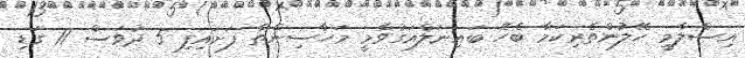
އިސްލާމީ ހޭލުންތެރިކަމާ ބެހޭ ބައިނަލްއަގުވާމީ މަހާސިންތާ ފަށައިފި 5 ދުވަސް 11 ގަޑި